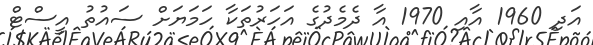
އަދި 1960 އާއި 1970 އާ ދެމެދުގެ އަހަރުތަކާ ހަމަޔަށް ސައުތު އީސްޓް